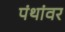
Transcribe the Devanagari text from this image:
पंथांवर